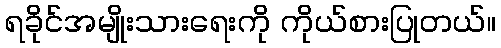
ရခိုင်အမျိုးသားရေးကို ကိုယ်စားပြုတယ်။